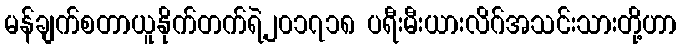
မန်ချက်စတာယူနိုက်တက်ရဲ့၂၀၁၇၁၈ ပရီးမီးယားလိဂ်အသင်းသားတို့ဟာ